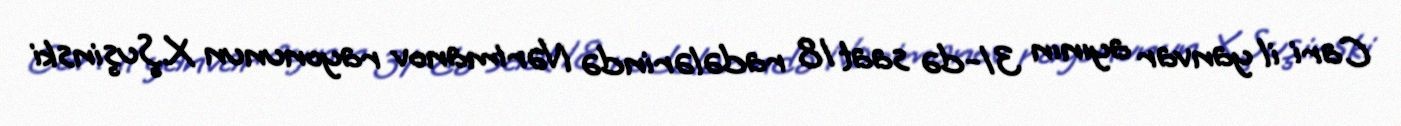
Cari il yanvar ayının 31-də saat 18 radələrində Nərimanov rayonunun X.Şuşinski